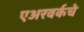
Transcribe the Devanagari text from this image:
एअरवर्कचे